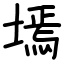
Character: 墕